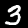
Digit: 3